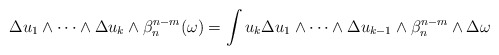
\begin{align*} \begin{aligned}\Delta u_1\wedge\dots\wedge\Delta u_k&\wedge\beta_n^{n-m}(\omega)=\int u_k\Delta u_1\wedge\dots\wedge\Delta u_{k-1}\wedge\beta_n^{n-m}\wedge\Delta \omega\end{aligned} \end{align*}